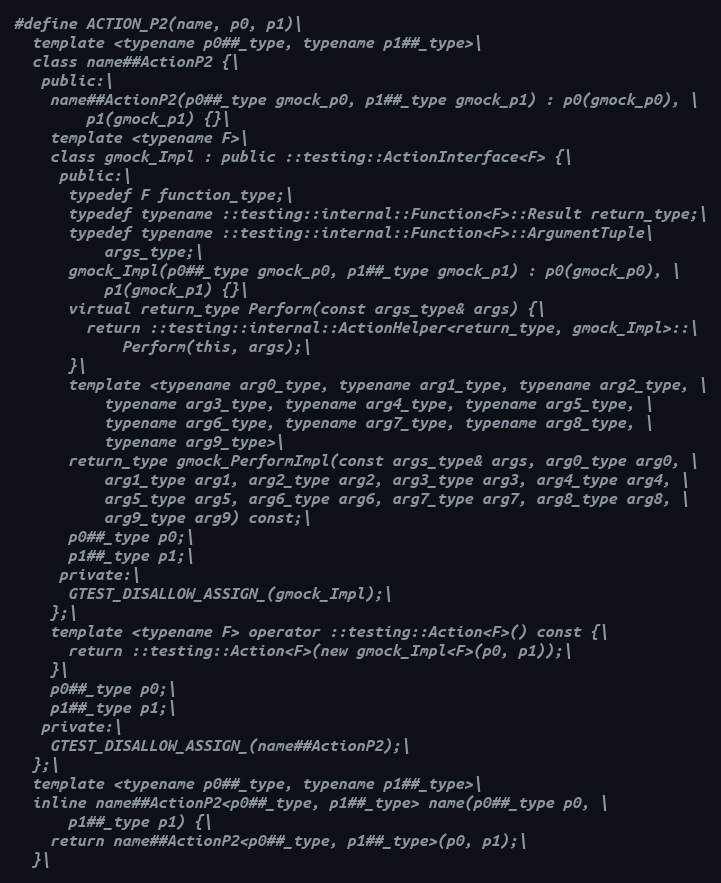
Language: C
#define ACTION_P2(name, p0, p1)\
  template <typename p0##_type, typename p1##_type>\
  class name##ActionP2 {\
   public:\
    name##ActionP2(p0##_type gmock_p0, p1##_type gmock_p1) : p0(gmock_p0), \
        p1(gmock_p1) {}\
    template <typename F>\
    class gmock_Impl : public ::testing::ActionInterface<F> {\
     public:\
      typedef F function_type;\
      typedef typename ::testing::internal::Function<F>::Result return_type;\
      typedef typename ::testing::internal::Function<F>::ArgumentTuple\
          args_type;\
      gmock_Impl(p0##_type gmock_p0, p1##_type gmock_p1) : p0(gmock_p0), \
          p1(gmock_p1) {}\
      virtual return_type Perform(const args_type& args) {\
        return ::testing::internal::ActionHelper<return_type, gmock_Impl>::\
            Perform(this, args);\
      }\
      template <typename arg0_type, typename arg1_type, typename arg2_type, \
          typename arg3_type, typename arg4_type, typename arg5_type, \
          typename arg6_type, typename arg7_type, typename arg8_type, \
          typename arg9_type>\
      return_type gmock_PerformImpl(const args_type& args, arg0_type arg0, \
          arg1_type arg1, arg2_type arg2, arg3_type arg3, arg4_type arg4, \
          arg5_type arg5, arg6_type arg6, arg7_type arg7, arg8_type arg8, \
          arg9_type arg9) const;\
      p0##_type p0;\
      p1##_type p1;\
     private:\
      GTEST_DISALLOW_ASSIGN_(gmock_Impl);\
    };\
    template <typename F> operator ::testing::Action<F>() const {\
      return ::testing::Action<F>(new gmock_Impl<F>(p0, p1));\
    }\
    p0##_type p0;\
    p1##_type p1;\
   private:\
    GTEST_DISALLOW_ASSIGN_(name##ActionP2);\
  };\
  template <typename p0##_type, typename p1##_type>\
  inline name##ActionP2<p0##_type, p1##_type> name(p0##_type p0, \
      p1##_type p1) {\
    return name##ActionP2<p0##_type, p1##_type>(p0, p1);\
  }\